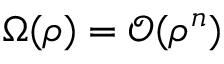
\Omega ( \rho ) = \mathcal { O } ( \rho ^ { n } )